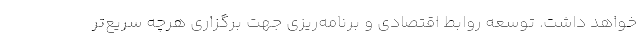
خواهد داشت. توسعه روابط اقتصادی و برنامه‌ریزی جهت برگزاری هرچه سریع‌تر